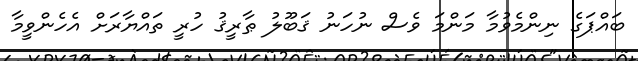
ބައްޕަގެ ނިންމެވުމާ މަންމަ ވެސް ނުހަނު ޤަބޫލު ޠާރީޤު ހުރީ ތައްޔާރަށް އެހެންވީމާ